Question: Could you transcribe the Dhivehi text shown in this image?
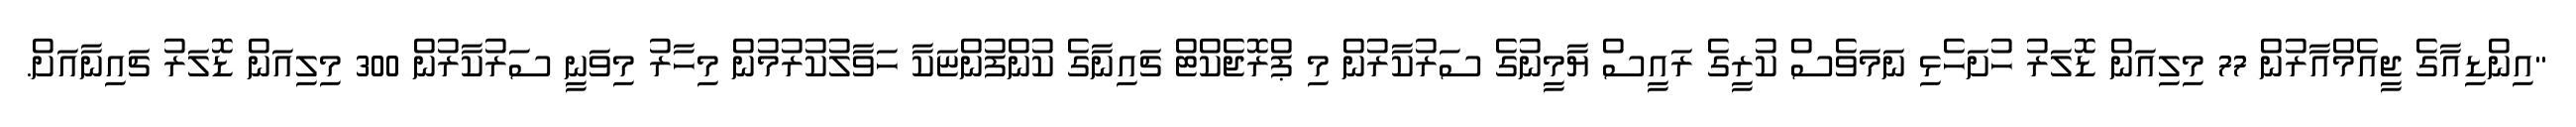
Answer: "އިންޑިއާގެ ޖީއެމްއާރުން 77 މިލިއަން ޑޮލަރު ހުށަހެޅި ނަމަވެސް ކުރީގެ ރައީސް ޔާމީނުގެ ސަރުކާރުން މި ޕްރޮޖެކްޓް ޗައިނާގެ ކުންފުންޏަކާ ހަވާލުކުރުމުން މިހާރު މިވަނީ ސަރުކާރުން 300 މިލިއަން ޑޮލަރު ޗައިނާއަށް.